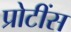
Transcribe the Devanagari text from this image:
प्रोटींस